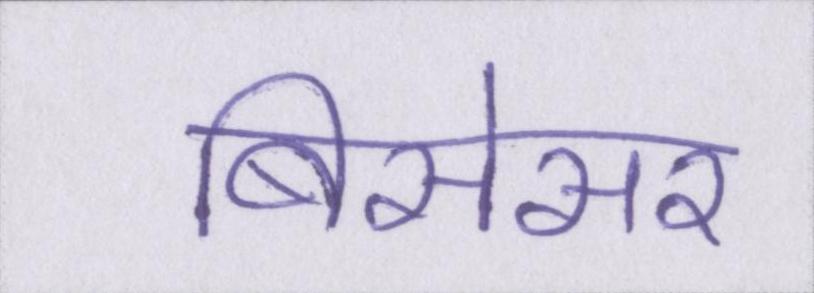
बिसेसर